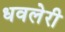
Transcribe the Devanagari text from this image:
धवलेरी